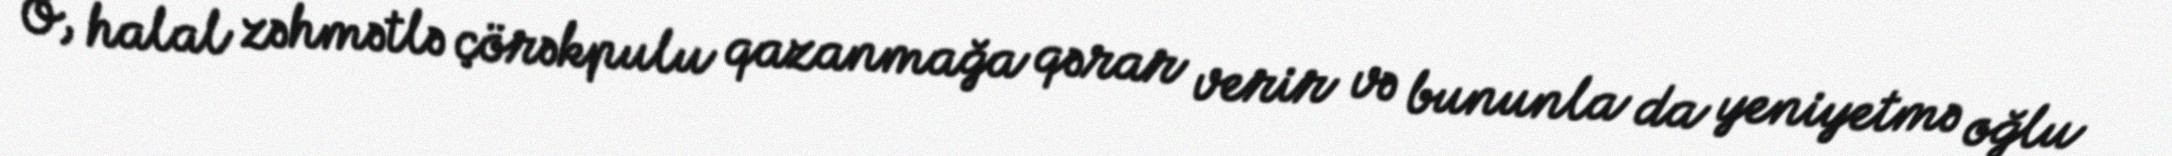
O, halal zəhmətlə çörəkpulu qazanmağa qərar verir və bununla da yeniyetmə oğlu